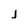
Character: j